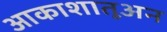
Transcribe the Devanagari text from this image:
आकाशातूअन